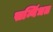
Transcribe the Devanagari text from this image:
सम्बिंधत